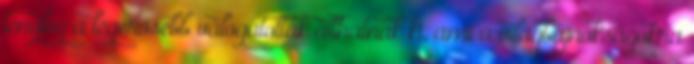
tényleg a legerősebb válogatottak állhatnak ki, ami a világbajnokságokra